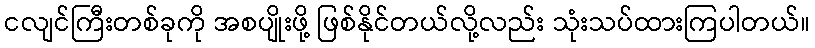
ငလျင်ကြီးတစ်ခုကို အစပျိုးဖို့ ဖြစ်နိုင်တယ်လို့လည်း သုံးသပ်ထားကြပါတယ်။